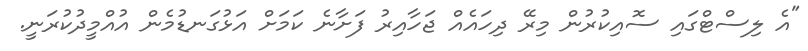
"އެ ލިސްޓްގައި ސޮއިކުރުން މިރޭ ދިހައެއް ޖަހާއިރު ފަށާނެ ކަމަށް އަޅުގަނޑުމެން އުއްމީދުކުރަނީ.